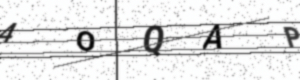
Text: 4OQAP